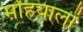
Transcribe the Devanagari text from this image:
मोहयालों